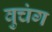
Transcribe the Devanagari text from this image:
वुचंग